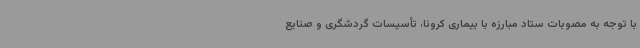
با توجه به مصوبات ستاد مبارزه با بیماری کرونا، تأسیسات گردشگری و صنایع